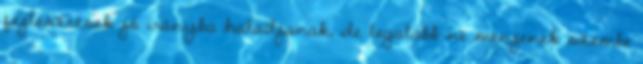
fejlesztések jó irányba haladjanak, de legalább ne menjenek szembe